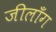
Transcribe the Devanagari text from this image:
जीलाँग